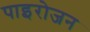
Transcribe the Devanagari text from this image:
पाइरोजन